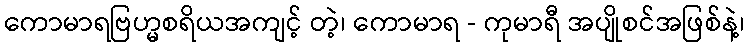
ကောမာရဗြဟ္မစရိယအကျင့် တဲ့၊ ကောမာရ - ကုမာရီ အပျိုစင်အဖြစ်နဲ့၊